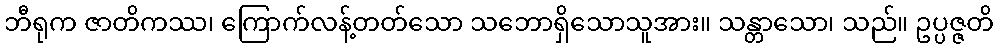
ဘီရုက ဇာတိကဿ၊ ကြောက်လန့်တတ်သော သဘောရှိသောသူအား။ သန္တာသော၊ သည်။ ဥပ္ပဇ္ဇတိ